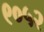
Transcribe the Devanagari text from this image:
९०५२